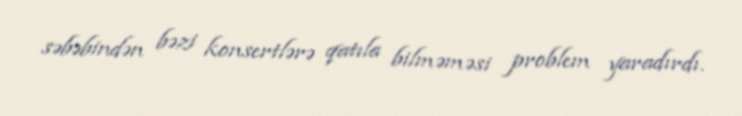
səbəbindən bəzi konsertlərə qatıla bilməməsi problem yaradırdı.